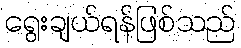
ရွေးချယ်ရန်ဖြစ်သည်